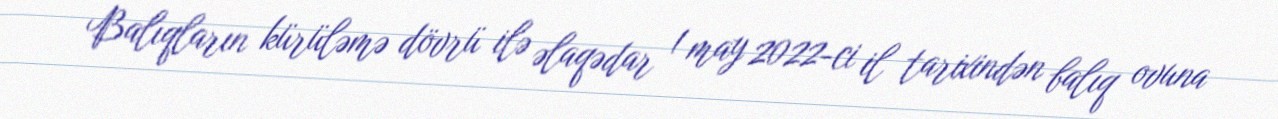
Balıqların kürüləmə dövrü ilə əlaqədar 1 may 2022-ci il tarixindən balıq ovuna